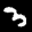
Label: 3